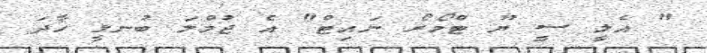
" އެލީ ސީ ޔޫ ޓްމޯރޯ ނައިޓް" އެ ޖުމްލަ ބުނލީ ހާދަ